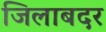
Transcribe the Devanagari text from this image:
जिलाबदर